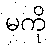
မကို